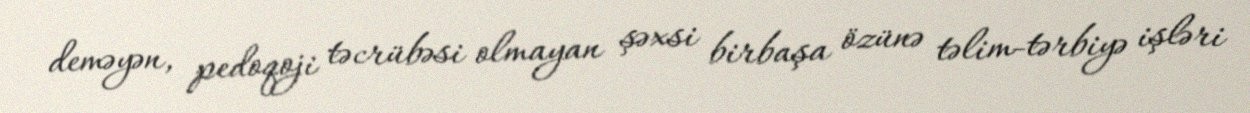
deməyən, pedoqoji təcrübəsi olmayan şəxsi birbaşa özünə təlim-tərbiyə işləri